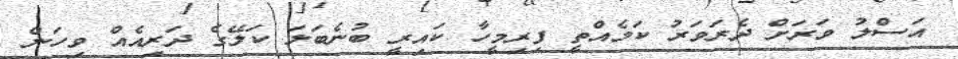
އަސްލު ވަރަށް ދެރަވަރު ކަމެއްތީ ފިރިމީހާ ކައިރީ ބުނެބަލަ ކަލޭގެ ދަރިއެއް ވިހަން